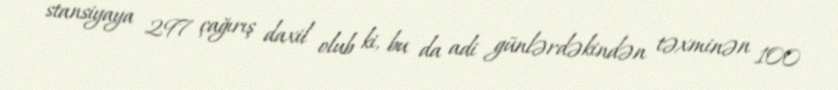
stansiyaya 297 çağırış daxil olub ki, bu da adi günlərdəkindən təxminən 100